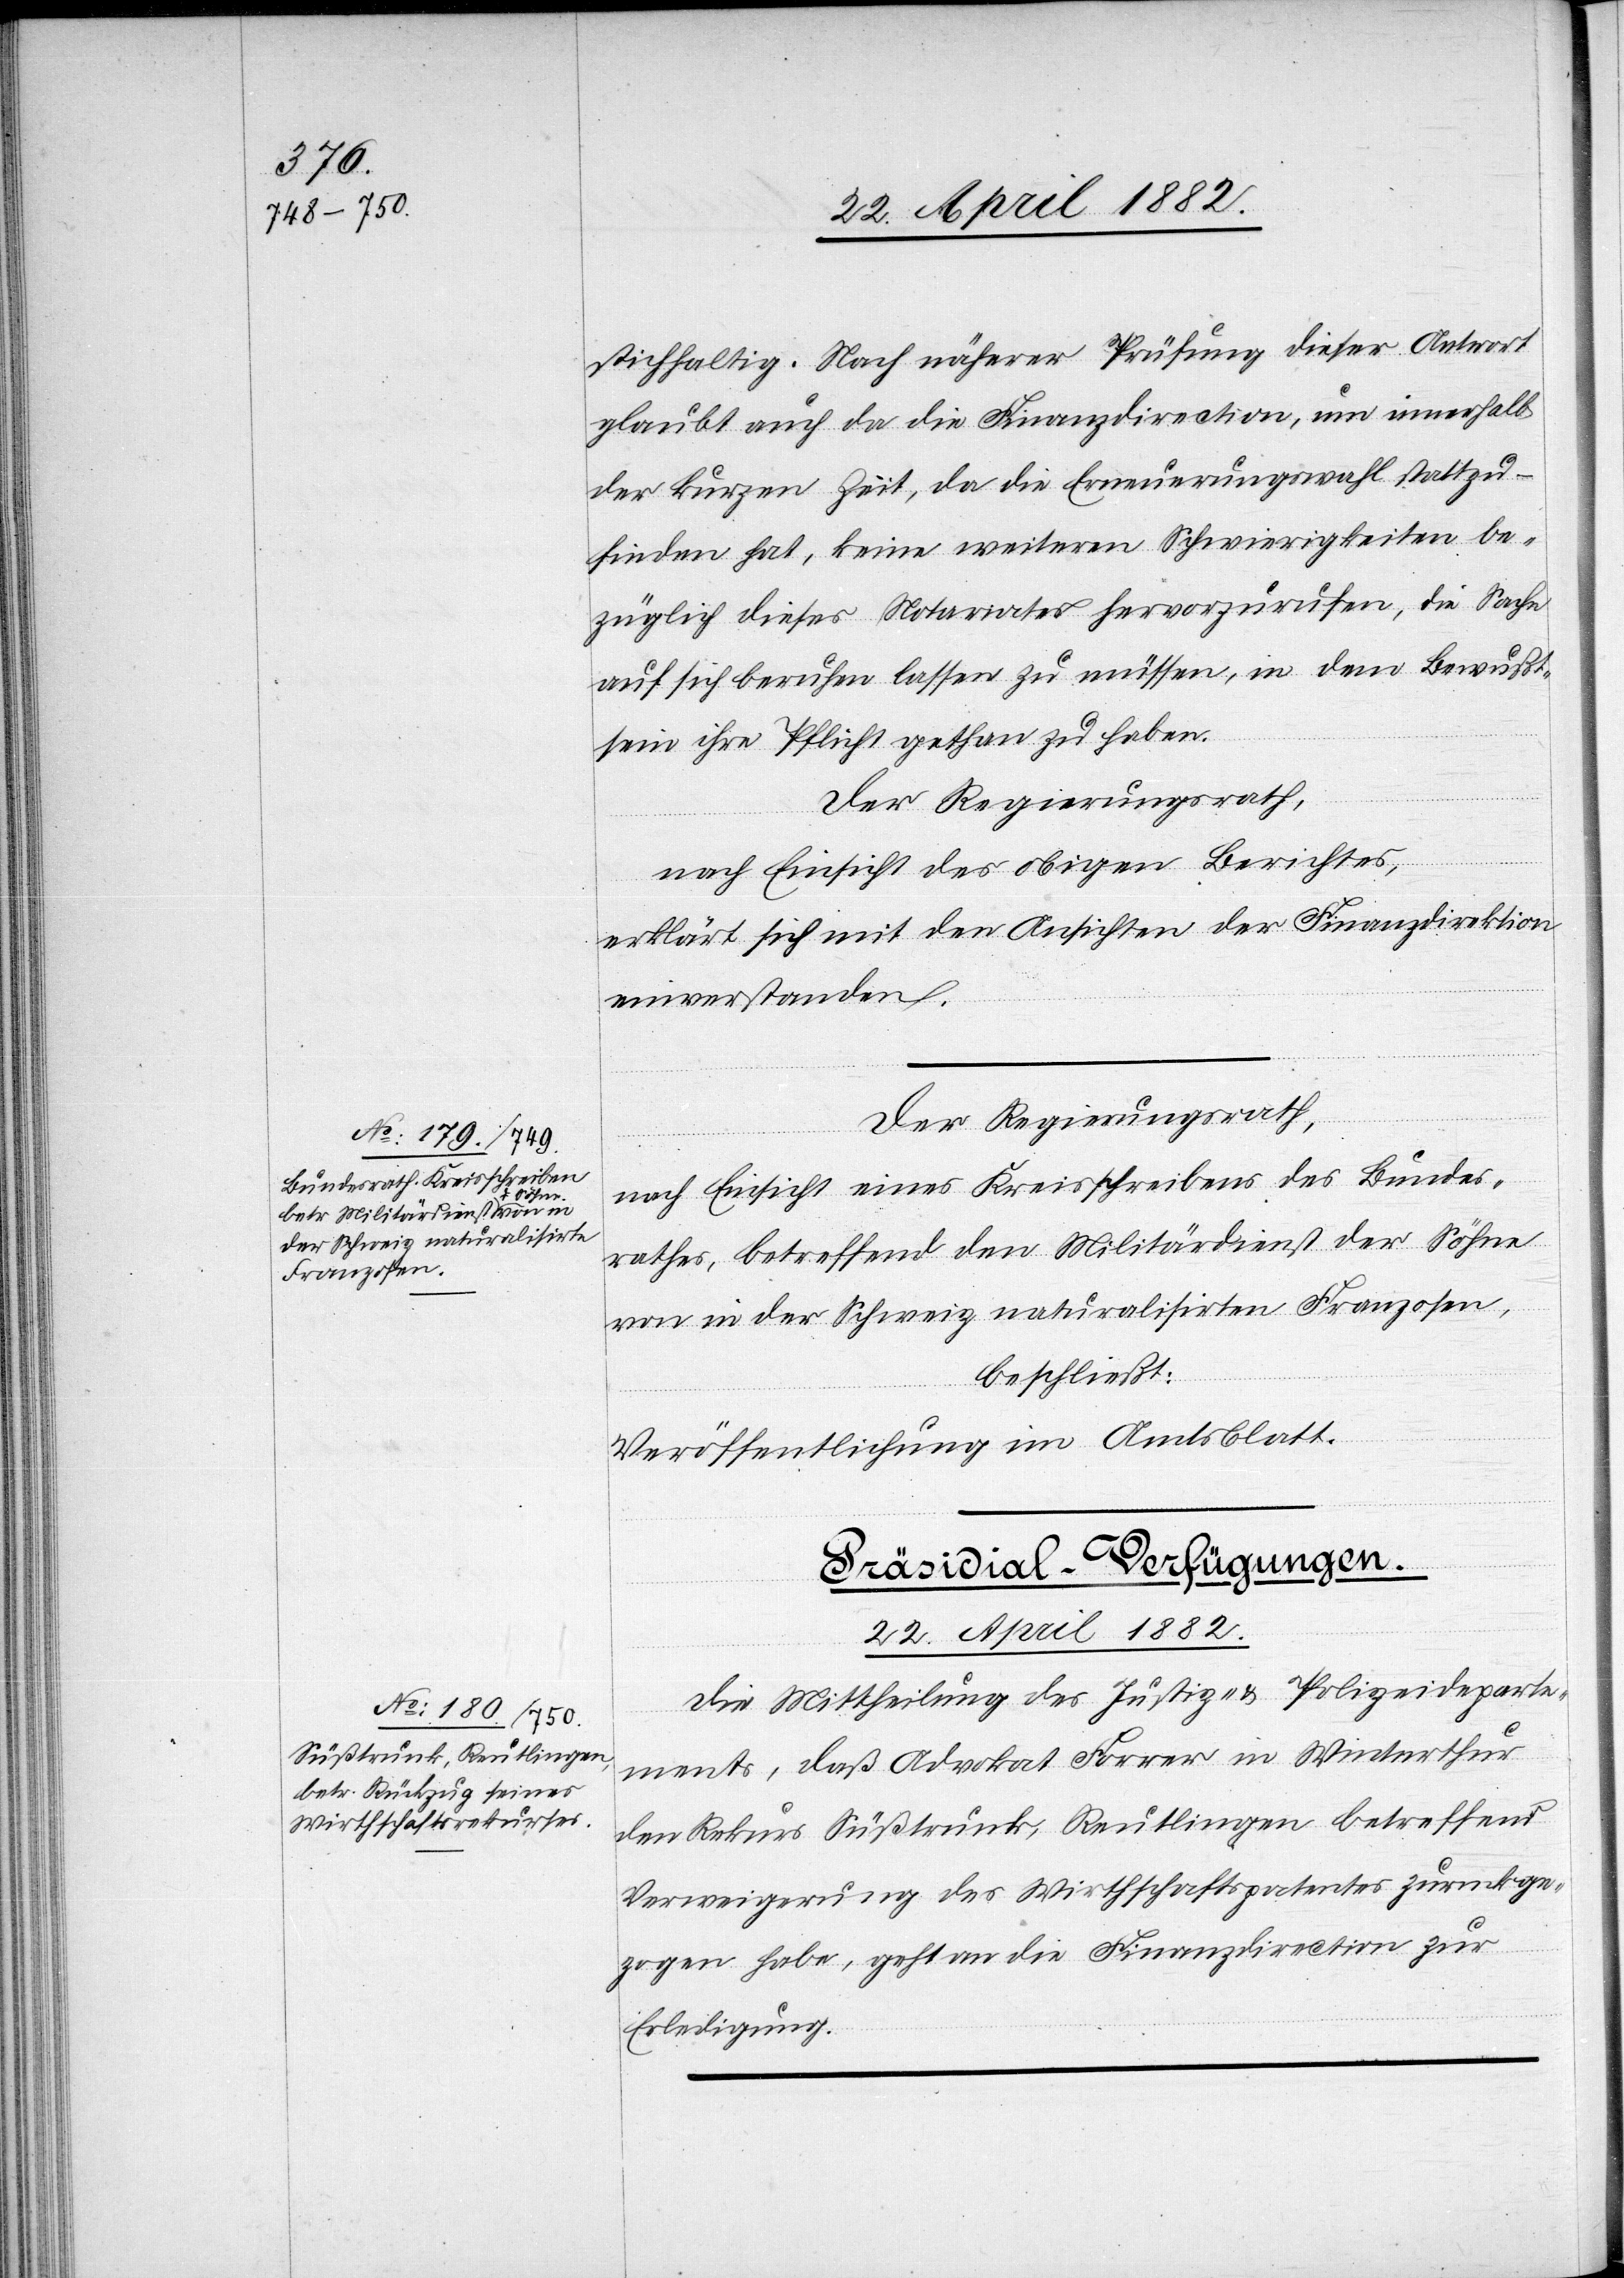
stichhaltig. Nach näherer Prüfung dieser Antwort
glaubt auch da die Finanzdirection, um innerhalb
der kurzen Zeit, da die Erneuerungswahl stattzu¬
finden hat, keine weiteren Schwierigkeiten be¬
züglich dieses Notariates hervorzurufen, die Sache
auf sich beruhen lassen zu müssen, in dem Bewußt¬
sein ihre Pflicht getan zu haben.
Der Regierungsrath,
nach Einsicht des obigen Berichtes,
erklärt sich mit den Ansichten der Finanzdirektion
einverstanden.
Der Regierungsrath,
nach Einsicht eines Kreisschreibens des Bundes¬
rathes, betreffend den Militärdienst der Söhne
von in der Schweiz naturalisirten Franzosen,
beschließt:
Veröffentlichung im Amtsblatt.
Präsidial-Verfügungen.
22. April 1882.
Die Mittheilung des Justiz- & Polizeideparte¬
ments, daß Advokat Forrer in Winterthur
den Rekurs Süßtrunk, Reutlingen betreffend
Verweigerung des Wirthschaftspatentes zuruckge¬
zogen [sic!] habe, geht an die Finanzdirection zur
Erledigung.